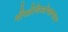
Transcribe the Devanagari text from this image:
गीस्तेविस्सेन्शाफ्टन